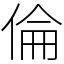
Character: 倫